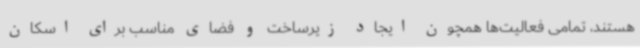
هستند، تمامی فعالیت‌ها همچون ایجاد زیرساخت و فضای مناسب برای اسکان